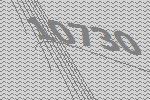
10730